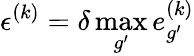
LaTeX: \epsilon^{(k)}=\delta\operatorname*{max}_{g^{\prime}}e_{g^{\prime}}^{(k)}